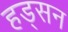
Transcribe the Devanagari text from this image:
हड्सन